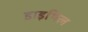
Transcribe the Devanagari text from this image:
डाइथिल